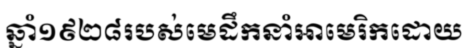
ឆ្នាំ១៩២៨របស់មេដឹកនាំអាមេរិកដោយ